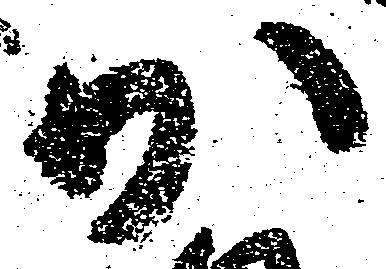
少